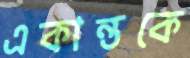
একান্তকে